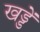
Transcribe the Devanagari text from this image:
खड्डें